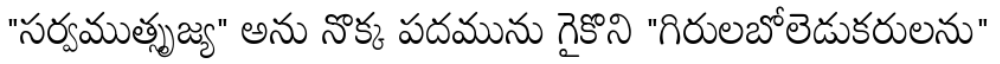
"సర్వముత్సృజ్య" అను నొక్క పదమును గైకొని "గిరులబోలెడుకరులను"